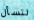
لتسأل